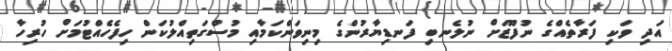
އަދި ވަކި ފަރާތެއްގެ ނުފޫޒަށް ނުލެނބި ފަނޑިޔާރުންގެ މިނިވަންކަމާއި މުސްގަތިއްލުކަން ހިފެހެއްޓުމަށް ހުރިހާ